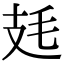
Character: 㲍